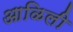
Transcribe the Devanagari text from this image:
आळिली